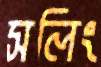
সলিং